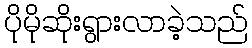
ပိုမိုဆိုးရွားလာခဲ့သည်